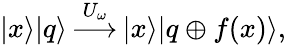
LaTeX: |x\rangle|q\rangle\, {\overset{U_{\omega}}{\longrightarrow}}\, |x\rangle|q\oplus f(x)\rangle,